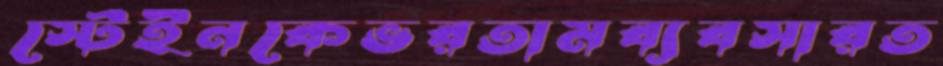
স্টেইনকেভরতামব্যবসারত